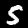
Digit: 5